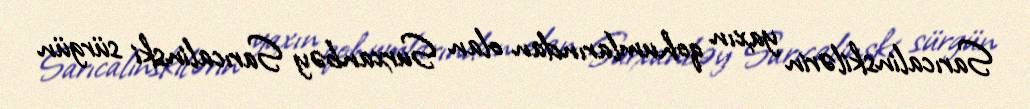
Sarıcalinskilərin yaxın qohumlarından olan Surxanbəy Sarıcalinski sürgün